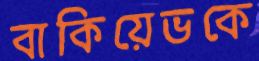
বাকিয়েভকে